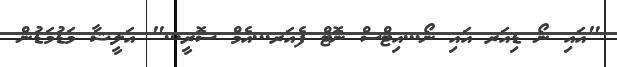
"އައި ނޯ ޑިއަރ އައި ނޯ...އިޓްސް ނޮޓް ފެއަރ...އެމް ސޮރީ..." އަލީޝާ މަޑުމަޑުން